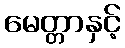
မေတ္တာနှင့်